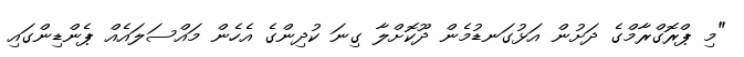
"މި ޕްރޮގްރާމްގެ ދަށުން އަޅުގަނޑުމެން ދޫކޮށްލާ ގިނަ ކުދިންގެ އެހެން މައްސަލައެއް ޕެންޑިންގައި